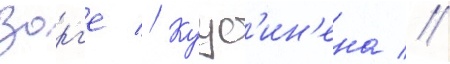
Зорг'е // Куус'ин'ена //